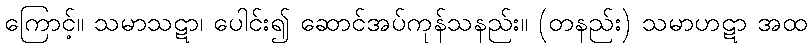
ကြောင့်။ သမာသဋာ၊ ပေါင်း၍ ဆောင်အပ်ကုန်သနည်း။ (တနည်း) သမာဟဋာ အထ